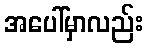
အပေါ်မှာလည်း